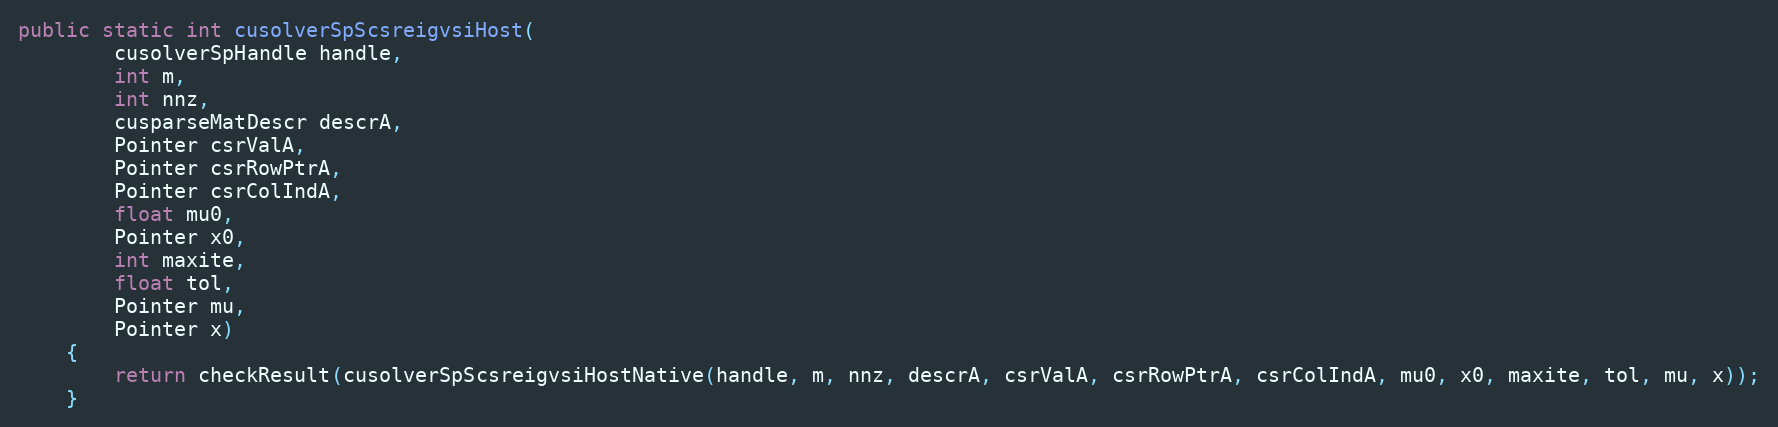
Language: Java
public static int cusolverSpScsreigvsiHost(
        cusolverSpHandle handle,
        int m,
        int nnz,
        cusparseMatDescr descrA,
        Pointer csrValA,
        Pointer csrRowPtrA,
        Pointer csrColIndA,
        float mu0,
        Pointer x0,
        int maxite,
        float tol,
        Pointer mu,
        Pointer x)
    {
        return checkResult(cusolverSpScsreigvsiHostNative(handle, m, nnz, descrA, csrValA, csrRowPtrA, csrColIndA, mu0, x0, maxite, tol, mu, x));
    }